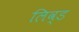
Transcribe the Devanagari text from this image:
लिव्‍ड